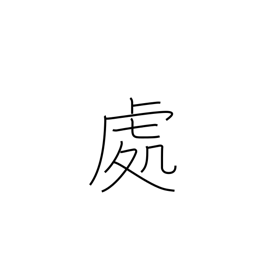
Meaning: locale